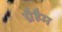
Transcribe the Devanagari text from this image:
ग्रैहैम